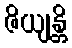
ဇိယျန္တိ